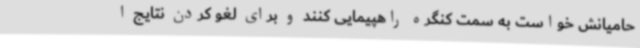
حامیانش خواست به سمت کنگره راهپیمایی کنند و برای لغو کردن نتایج ا